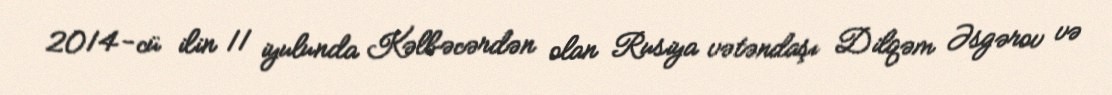
2014-cü ilin 11 iyulunda Kəlbəcərdən olan Rusiya vətəndaşı Dilqəm Əsgərov və